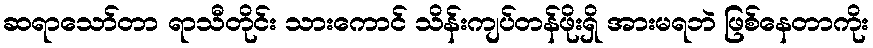
ဆရာသော်တာ ရာသီတိုင်း သားကောင် သိန်းကျပ်တန်ဖိုးရှိ အားမရဘဲ ဖြစ်နေတာကိုး